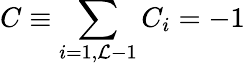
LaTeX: C\equiv\sum_{i=1,{\cal L}-1}C_{i}=-1